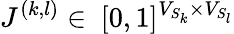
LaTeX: J^{(k,l)}\in~[0,1]^{V_{S_{k}}\times V_{S_{l}}}